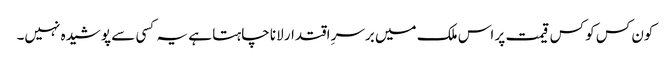
کون کس کو کس قیمت پر اس ملک میں برسرِ اقتدار لانا چاہتا ہے یہ کسی سے پوشیدہ نہیں۔